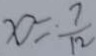
x = \frac { 7 } { 1 2 }